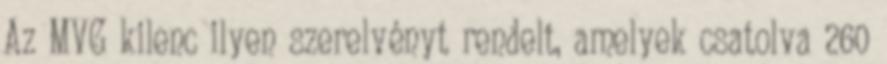
Az MVG kilenc ilyen szerelvényt rendelt, amelyek csatolva 260